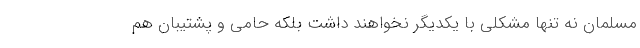
مسلمان نه تنها مشکلی با یکدیگر نخواهند داشت بلکه حامی و پشتیبان هم